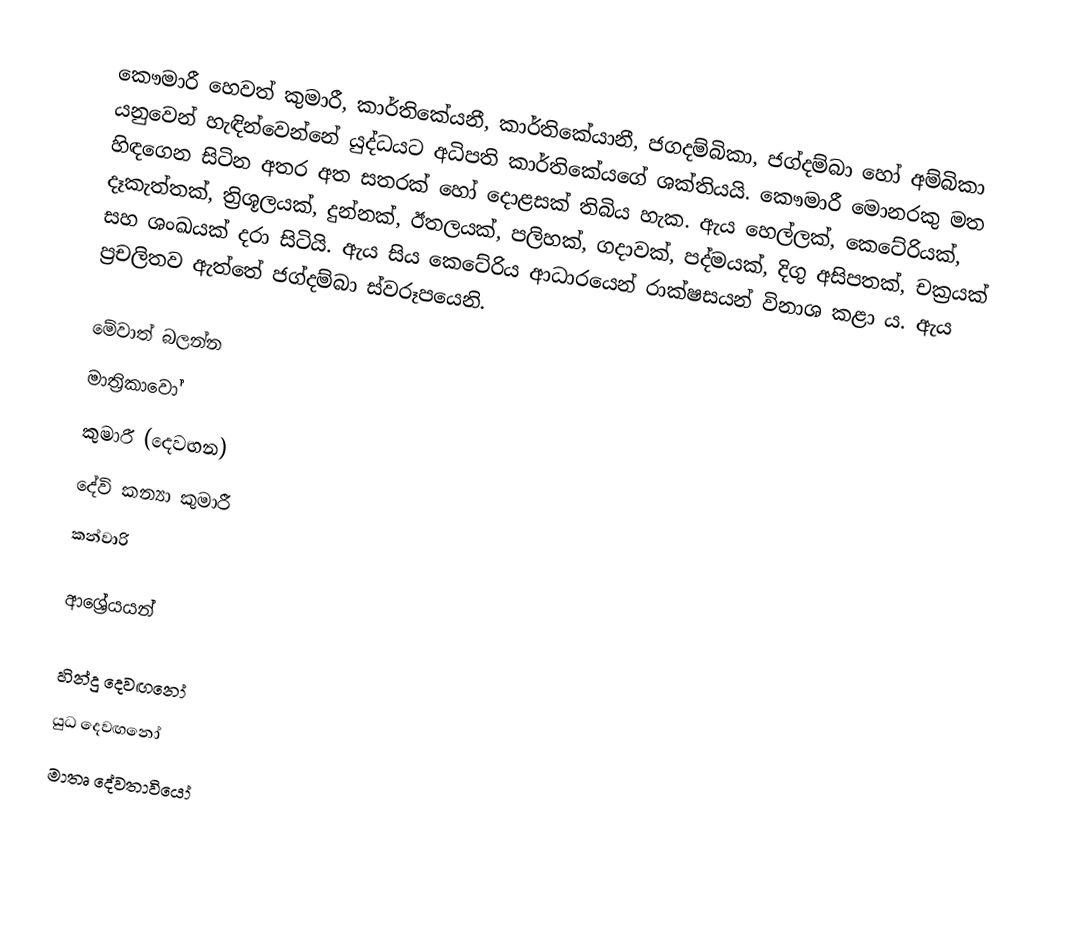
කෞමාරී හෙවත් කුමාරී, කාර්තිකේයනී, කාර්තිකේයානී, ජගදම්බිකා, ජග්දම්බා හෝ අම්බිකා යනුවෙන් හැඳින්වෙන්නේ යුද්ධයට අධිපති කාර්තිකේයගේ ශක්තියයි. කෞමාරී මොනරකු මත හිඳගෙන සිටින අතර අත සතරක් හෝ දොළසක් තිබිය හැක. ඇය හෙල්ලක්, කෙටේරියක්, දෑකැත්තක්, ත්‍රිශූලයක්, දුන්නක්, ඊතලයක්, පලිහක්, ගදාවක්, පද්මයක්, දිගු අසිපතක්, චක්‍රයක් සහ ශංඛයක් දරා සිටියි. ඇය සිය කෙටේරිය ආධාරයෙන් රාක්ෂසයන් විනාශ කළා ය. ඇය ප්‍රචලිතව ඇත්තේ ජග්දම්බා ස්වරූපයෙනි.

මේවාත් බලන්න
 මාත්‍රිකාවෝ
 කුමාරී (දෙවඟන)
 දේවි කන්‍යා කුමාරී
 කන්වාරි

ආශ්‍රේයයන්

හින්දු දෙවඟනෝ
යුධ දෙවඟනෝ
මාතෘ දේවතාවියෝ